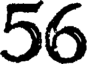
56